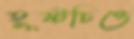
হূষ্টচিত্তে